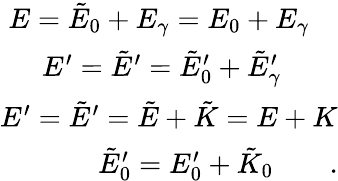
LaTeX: \begin{array}{r}{E=\tilde{E}_{0}+E_{\gamma}=E_{0}+E_{\gamma}\quad}\\ {E^{\prime}=\tilde{E}^{\prime}=\tilde{E}_{0}^{\prime}+\tilde{E}_{\gamma}^{\prime}\qquad}\\ {E^{\prime}=\tilde{E}^{\prime}=\tilde{E}+\tilde{K}=E+K}\\ {\tilde{E}_{0}^{\prime}=E_{0}^{\prime}+\tilde{K}_{0}\qquad.}\end{array}